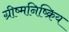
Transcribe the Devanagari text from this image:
ग्रीष्मनिष्क्रिय